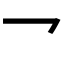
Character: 𪛙